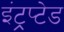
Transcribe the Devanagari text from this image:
इंट्रप्टेड